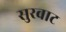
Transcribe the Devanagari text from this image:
सुरवाट